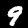
Digit: 9